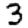
Digit: 3